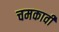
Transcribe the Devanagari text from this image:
चमकावी